Lunatic asylums Central Provinces reports 1910-1926 - 1910-1926
Year: 1910
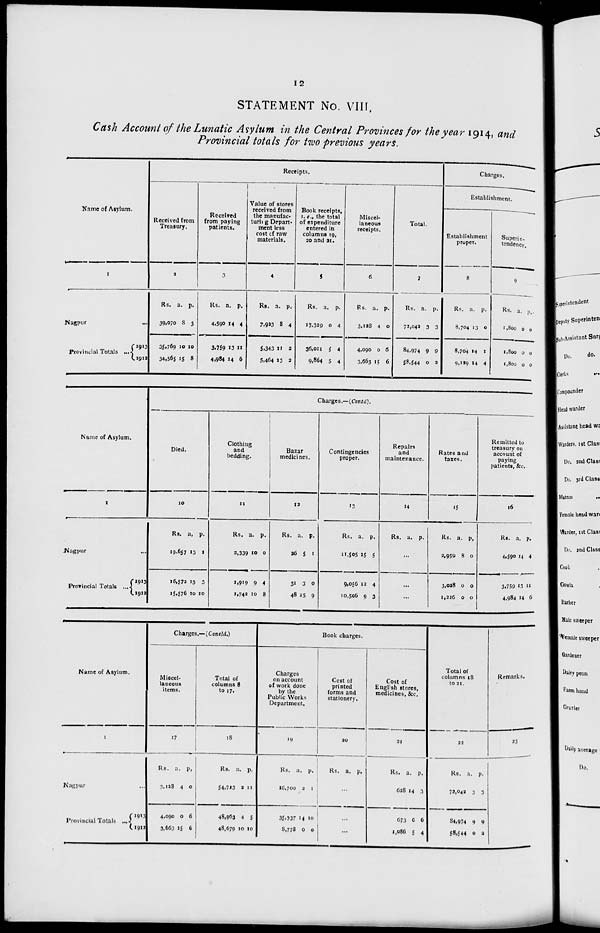
12
STATEMENT No. VIII.
Cash Account of the Lunatic Asylum in the Central Provinces for the year 1914, and
Provincial totals for two previous years.
Name of Asylum.
1
Nagpur ...
Provincial Totals ...
1913
1912
Receipts.
Received from
Treasury.
2
Rs.
39,070
35,769
34,565
a.
8
10
15
p.
3
10
8
Received
from paying
patients.
3
Rs.
4,590
3,759
4,984
a.
14
13
14
p.
4
11
6
Value of stores
received from
the manufac-
turing Depart-
ment less
cost of raw
materials.
4
Rs.
7,933
5,343
5,464
a.
8
11
13
p.
4
2
2
Book receipts,
i. e., the total
of expenditure
entered in
columns 19,
20 and 21.
5
Rs.
17,329
36,011
9,864
a.
0
5
5
p.
4
4
4
Miscel-
laneous
receipts.
6
Rs.
3,128
4,090
3,663
a.
4
0
15
p.
0
6
6
Total.
7
Rs.
72,043
84,974
58,544
a.
3
9
0
p.
3
9
2
Charges.
Establishment.
Establishment
proper.
8
Rs.
8,704
8,704
9,129
a.
13
14
14
p.
0
1
4
Superin-
tendence.
9
Rs.
1,800
1,800
1,800
a.
0
0
0
p.
0
0
0
Name of Asylum.
1
Nagpur ...
Provincial Totals ...
1913
1912
Charges.—(Contd).
Died.
10
Rs.
19,657
16,572
15,576
a.
13
15
10
p.
1
3
10
Clothing
and
bedding.
11
Rs.
2,339
1,919
1,742
a.
10
9
10
p.
0
4
8
Bazar
medicines.
12
Rs.
26
31
48
a.
5
3
15
p.
1
0
9
Contingencies
proper.
13
Rs.
11,505
9,056
10,506
a.
15
12
9
p.
5
4
3
Repairs
and
maintenance.
14
Rs. a. p.
...
...
...
Rates and
taxes.
15
Rs.
2,959
3,028
1,226
a.
8
0
0
p.
0
0
0
Remitted to
treasury on
account of
paying
patients, &c.
16
Rs.
4,590
3,759
4,984
a.
14
13
14
p.
4
11
6
Name of Asylum.
1
Nagpur ...
Provincial Totals ....
1913
1912
Charges.—(Concld.)
Miscel-
laneous
items.
17
Rs.
3,128
4,090
3,663
a.
4
0
15
p.
0
6
6
Total of
columns 8
to 17.
18
Rs.
54,713
48,963
48,679
a.
2
4
10
p.
11
5
10
Book charges.
Charges
on account
of work done
by the
Public Works
Department.
19
Rs.
16,700
35,337
8,778
a.
2
14
0
p.
1
10
0
Cost of
printed
forms and
stationery.
20
Rs. a. p.
...
...
...
Cost of
English stores,
medicines, &c.
21
Rs.
628
673
1,086
a.
14
6
5
p.
3
6
4
Total of
columns 18
to 21.
22
Rs.
72,042
84,974
58,544
a.
3
9
0
p.
3
9
2
Remarks.
23